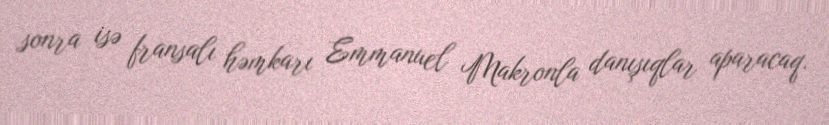
sonra isə fransalı həmkarı Emmanuel Makronla danışıqlar aparacaq.